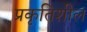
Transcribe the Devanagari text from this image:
प्रकृतिशील